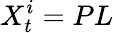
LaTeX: X_{t}^{i}=PL